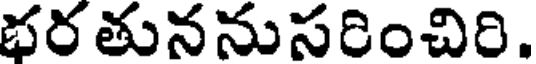
భరతుననుసరించిరి.